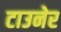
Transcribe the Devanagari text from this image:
टाउनेर